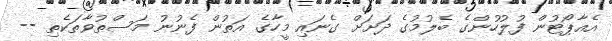
އެއާޕޯޓުން ފުލުހުންގެ ބެލުމުގެ ދަށަށް ގެނައި މީހާގެ އަތުން ފެނުނު މަސްތުވާތަކެތި --